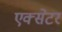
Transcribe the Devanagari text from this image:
एक्‍सेटर